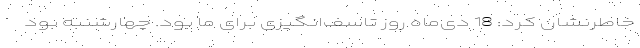
خاطرنشان کرد: 18 دی‌ماه روز تاسف‌انگیزی برای ما بود. چهارشنبه بود